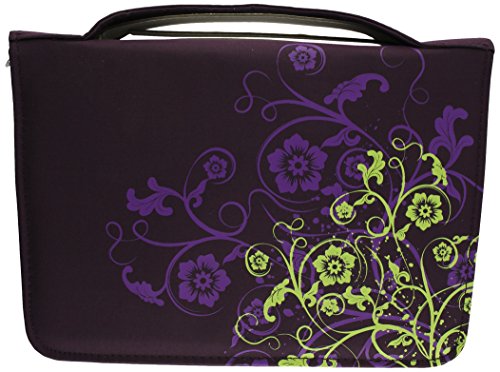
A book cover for Eden Plum Large Bible Cover; Christian Books & Bibles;